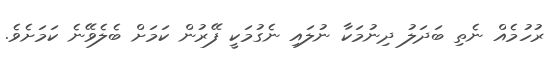
ރުހުމެއް ނެތި ބަދަލު ދިނުމަކާ ނުލައި ނެގުމަކީ ފޭރުން ކަމަށް ބެލެވޭނެ ކަމަށެވެ.